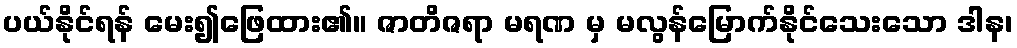
ပယ်နိုင်ရန် မေး၍ဖြေထား၏။ ဇာတိဇရာ မရဏ မှ မလွန်မြောက်နိုင်သေးသော ဒါန၊